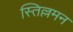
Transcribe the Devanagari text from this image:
स्तिल्लमन